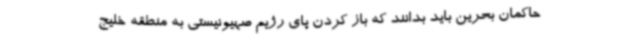
حاکمان بحرین باید بدانند که باز کردن پای رژیم صهیونیستی به منطقه خلیج